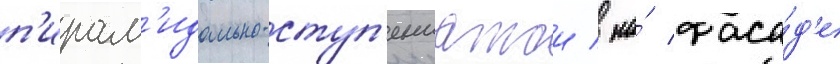
п'ирам'идально-ступ'енчатои / на́ фаса́д'е